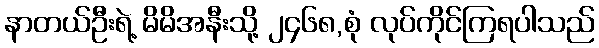
နာတယ်ဦးရဲ့ မိမိအနီးသို့ ၂၄၆၈,စုံ လုပ်ကိုင်ကြရပါသည်